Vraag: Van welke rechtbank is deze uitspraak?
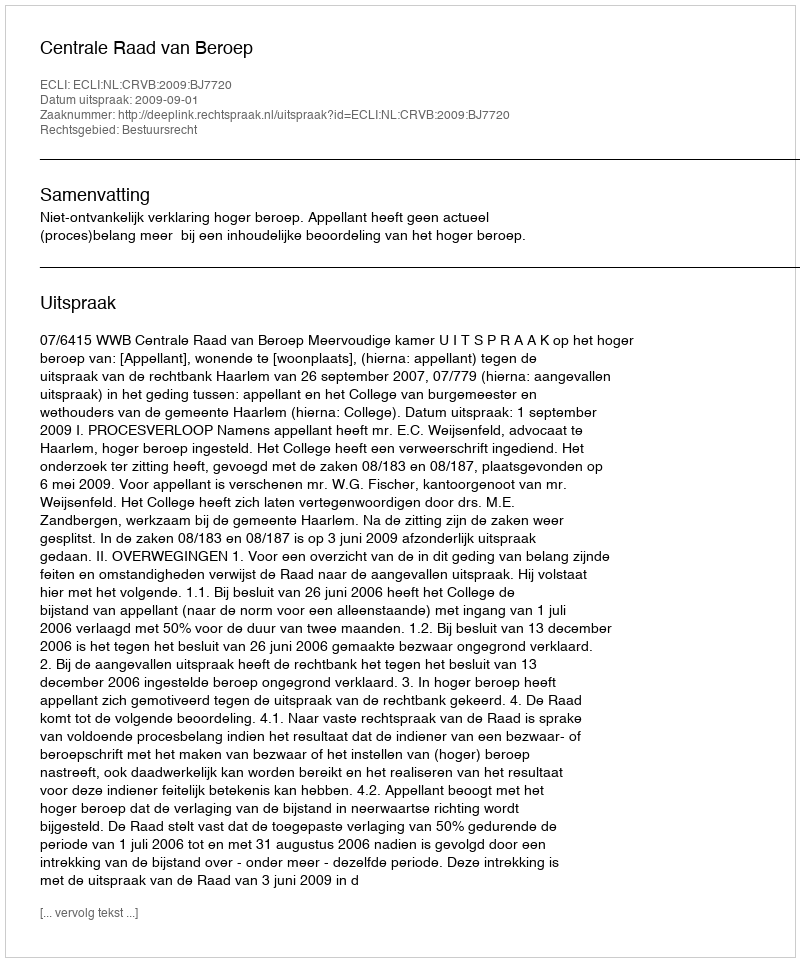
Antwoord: Centrale Raad van Beroep